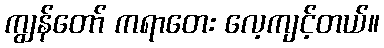
ကျွန်တော် ကရာတေး လေ့ကျင့်တယ်။